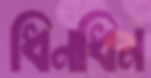
ধিনধিন